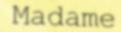
Madame